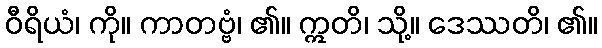
ဝီရိယံ၊ ကို။ ကာတဗ္ဗံ၊ ၏။ ဣတိ၊ သို့။ ဒေဿတိ၊ ၏။